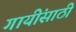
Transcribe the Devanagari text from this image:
गायींसाठी